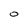
Character: 0